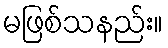
မဖြစ်သနည်း။